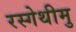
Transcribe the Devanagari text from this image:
रस्गेथीमु